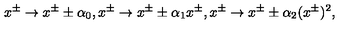
x ^ { \pm } \rightarrow x ^ { \pm } \pm \alpha _ { 0 } , x ^ { \pm } \rightarrow x ^ { \pm } \pm \alpha _ { 1 } x ^ { \pm } , x ^ { \pm } \rightarrow x ^ { \pm } \pm \alpha _ { 2 } ( x ^ { \pm } ) ^ { 2 } ,